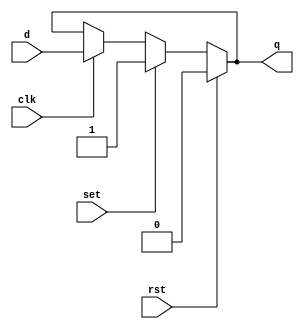
//   1  
module latch_2(q,d,clk,set,rst);
input d,clk,set,rst;
output q;
assign q = rst ? 0 : (set ? 1 : (clk ? d : q));

endmodule